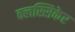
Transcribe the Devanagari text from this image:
क्लस्सिकेर